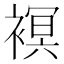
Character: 𧜀